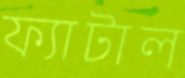
ফ্যাটাল